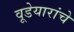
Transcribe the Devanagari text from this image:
वूडेयारांचे